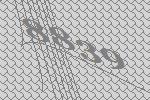
8839